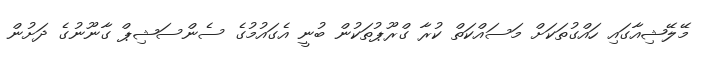
މޭލޭޝިއާގައި ހައްގުތަކަށް މަސައްކަތް ކުރާ ގްރޫޕުތަކުން ބުނީ އެގައުމުގެ ސެންސަޝިޕް ގާނޫނުގެ ދަށުން